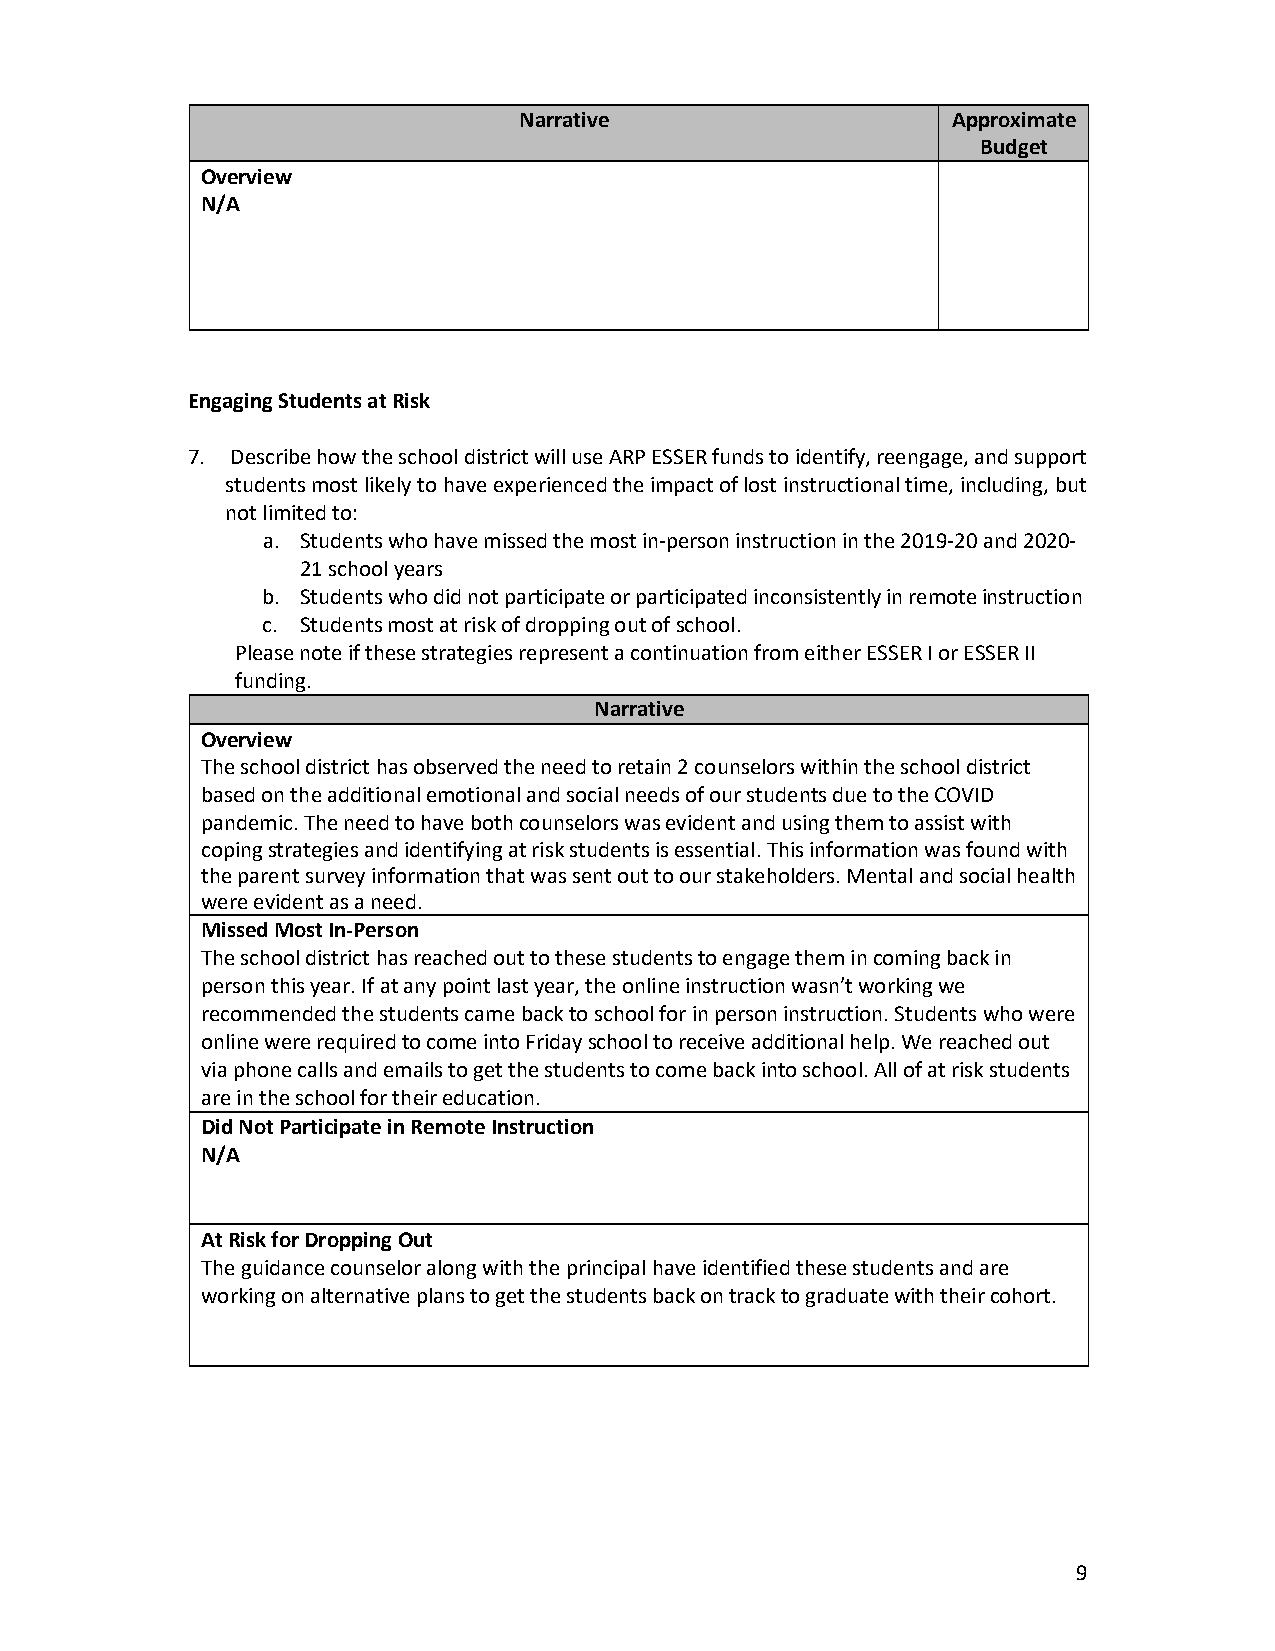
Narrative                    Approximate
 Budget
 Overview
 N/A
 Engaging Students at Risk
 7. Describe how the school district will use ARP ESSER funds to identify, reengage, and support
 students most likely to have experienced the impact of lost instructional time, including, but
 not limited to:
 a. Students who have missed the most in-person instruction in the 2019-20 and 2020-
 21 school years
 b. Students who did not participate or participated inconsistently in remote instruction
 c. Students most at risk of dropping out of school.
 Please note if these strategies represent a continuation from either ESSER I or ESSER II
 funding.
 Narrative
 Overview
 The school district has observed the need to retain 2 counselors within the school district
 based on the additional emotional and social needs of our students due to the COVID
 pandemic. The need to have both counselors was evident and using them to assist with
 coping strategies and identifying at risk students is essential. This information was found with
 the parent survey information that was sent out to our stakeholders. Mental and social health
 were evident as a need.
 Missed Most In-Person
 The school district has reached out to these students to engage them in coming back in
 person this year. If at any point last year, the online instruction wasn’t working we
 recommended the students came back to school for in person instruction. Students who were
 online were required to come into Friday school to receive additional help. We reached out
 via phone calls and emails to get the students to come back into school. All of at risk students
 are in the school for their education.
 Did Not Participate in Remote Instruction
 N/A
 At Risk for Dropping Out
 The guidance counselor along with the principal have identified these students and are
 working on alternative plans to get the students back on track to graduate with their cohort.
 9